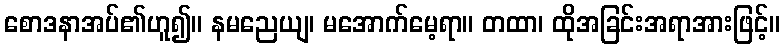
စောဒနာအပ်၏ဟူ၍။ နမညေယျ၊ မအောက်မေ့ရာ။ တထာ၊ ထိုအခြင်းအရာအားဖြင့်။